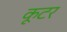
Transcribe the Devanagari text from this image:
कूटर